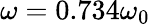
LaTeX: \omega=0.734\omega_{0}